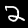
Digit: 2